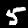
Digit: 5